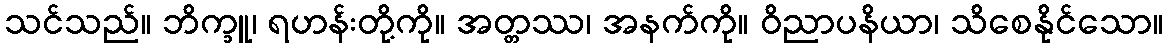
သင်သည်။ ဘိက္ခူ၊ ရဟန်းတို့ကို။ အတ္တဿ၊ အနက်ကို။ ဝိညာပနိယာ၊ သိစေနိုင်သော။